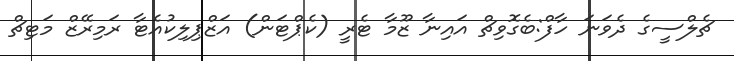
ޗެލްސީގެ ދެވަނަ ހާފް:ބެގޮވިޗް އައިނާ ޒޫމާ ޓެރީ (ކެޕްޓަން) އަޒްޕިލިކުއެޓާ ރަމިރޭޒް މަޓިޗް